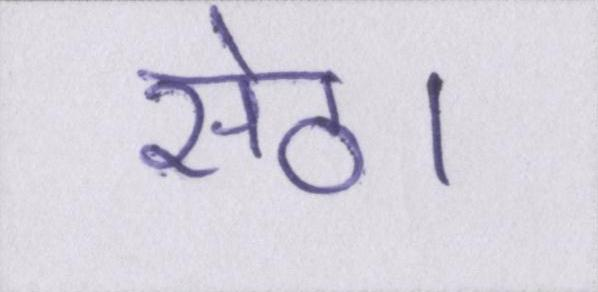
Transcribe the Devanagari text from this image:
सेठ।